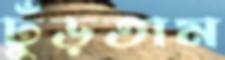
ঢুঁড়তাম